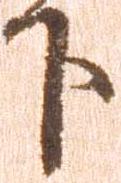
下